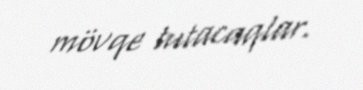
mövqe tutacaqlar.